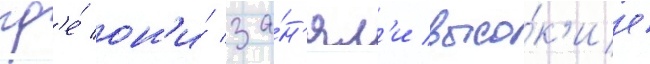
гд'е́ он'и́ за́н'ял'и высо́к'ие